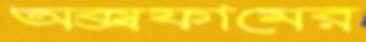
অক্সফামের